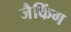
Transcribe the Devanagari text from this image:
जैकिंग